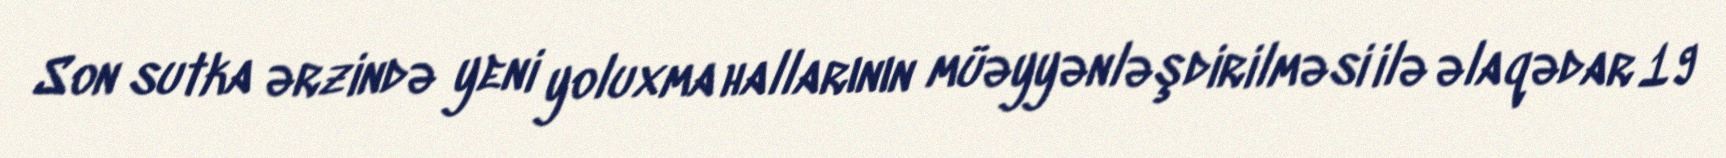
Son sutka ərzində yeni yoluxma hallarının müəyyənləşdirilməsi ilə əlaqədar 19